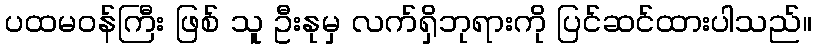
ပထမဝန်ကြီး ဖြစ် သူ ဦးနုမှ လက်ရှိဘုရားကို ပြင်ဆင်ထားပါသည်။